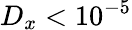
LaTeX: D_{x}<10^{-5}